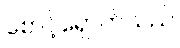
စောင့်ရှောက်သည်